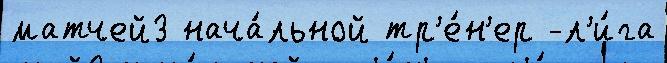
матчей3 нача́льной тр'е́н'ер -л'и́га